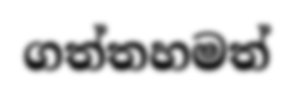
ගත්තහමත්